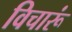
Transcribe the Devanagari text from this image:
विचारूं